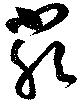
厳